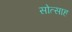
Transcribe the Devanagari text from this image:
सोत्साह